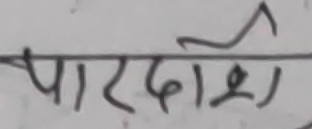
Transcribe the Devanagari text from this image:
पारर्दोशी